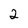
Character: 2